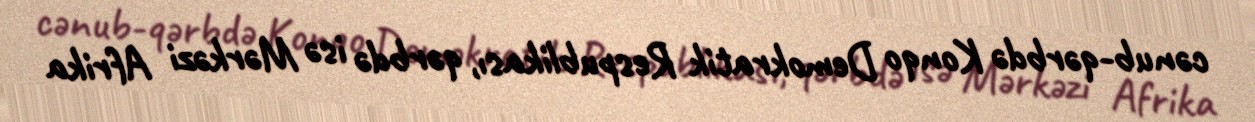
cənub-qərbdə Konqo Demokratik Respublikası, qərbdə isə Mərkəzi Afrika